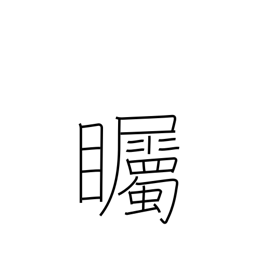
Meaning: look intently